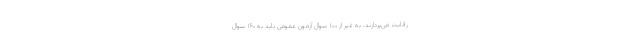
رقابت می‌پردازند، به غیر از ۱۰۰ سوال آزمون عمومی باید به ۱۶۰ سوال